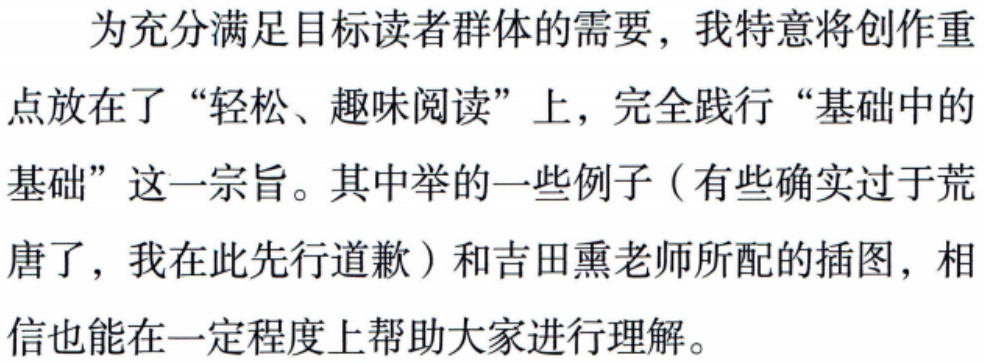
为充分满足目标读者群体的需要，我特意将创作重点放在了“轻松、趣味阅读”上，完全践行“基础中的基础”这一宗旨。其中举的一些例子（有些确实过于荒唐了，我在此先行道歉）和吉田熏老师所配的插图，相信也能在一定程度上帮助大家进行理解。